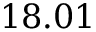
1 8 . 0 1